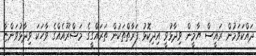
ދައްކަވަމުން ރައީސް ޔާމީން ވިދާޅުވީ އިދިކޮޅު ފަރާތްތަކުން ތަރައްގީގެ މަޝްރޫއެއްގެ ވާހަކަ ވިދާޅުވަންޏާ